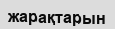
жарақтарын